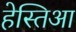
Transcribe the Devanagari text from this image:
हेस्तिआ